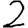
Digit: 2